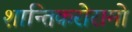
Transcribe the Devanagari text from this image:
शान्तिकरोरामो